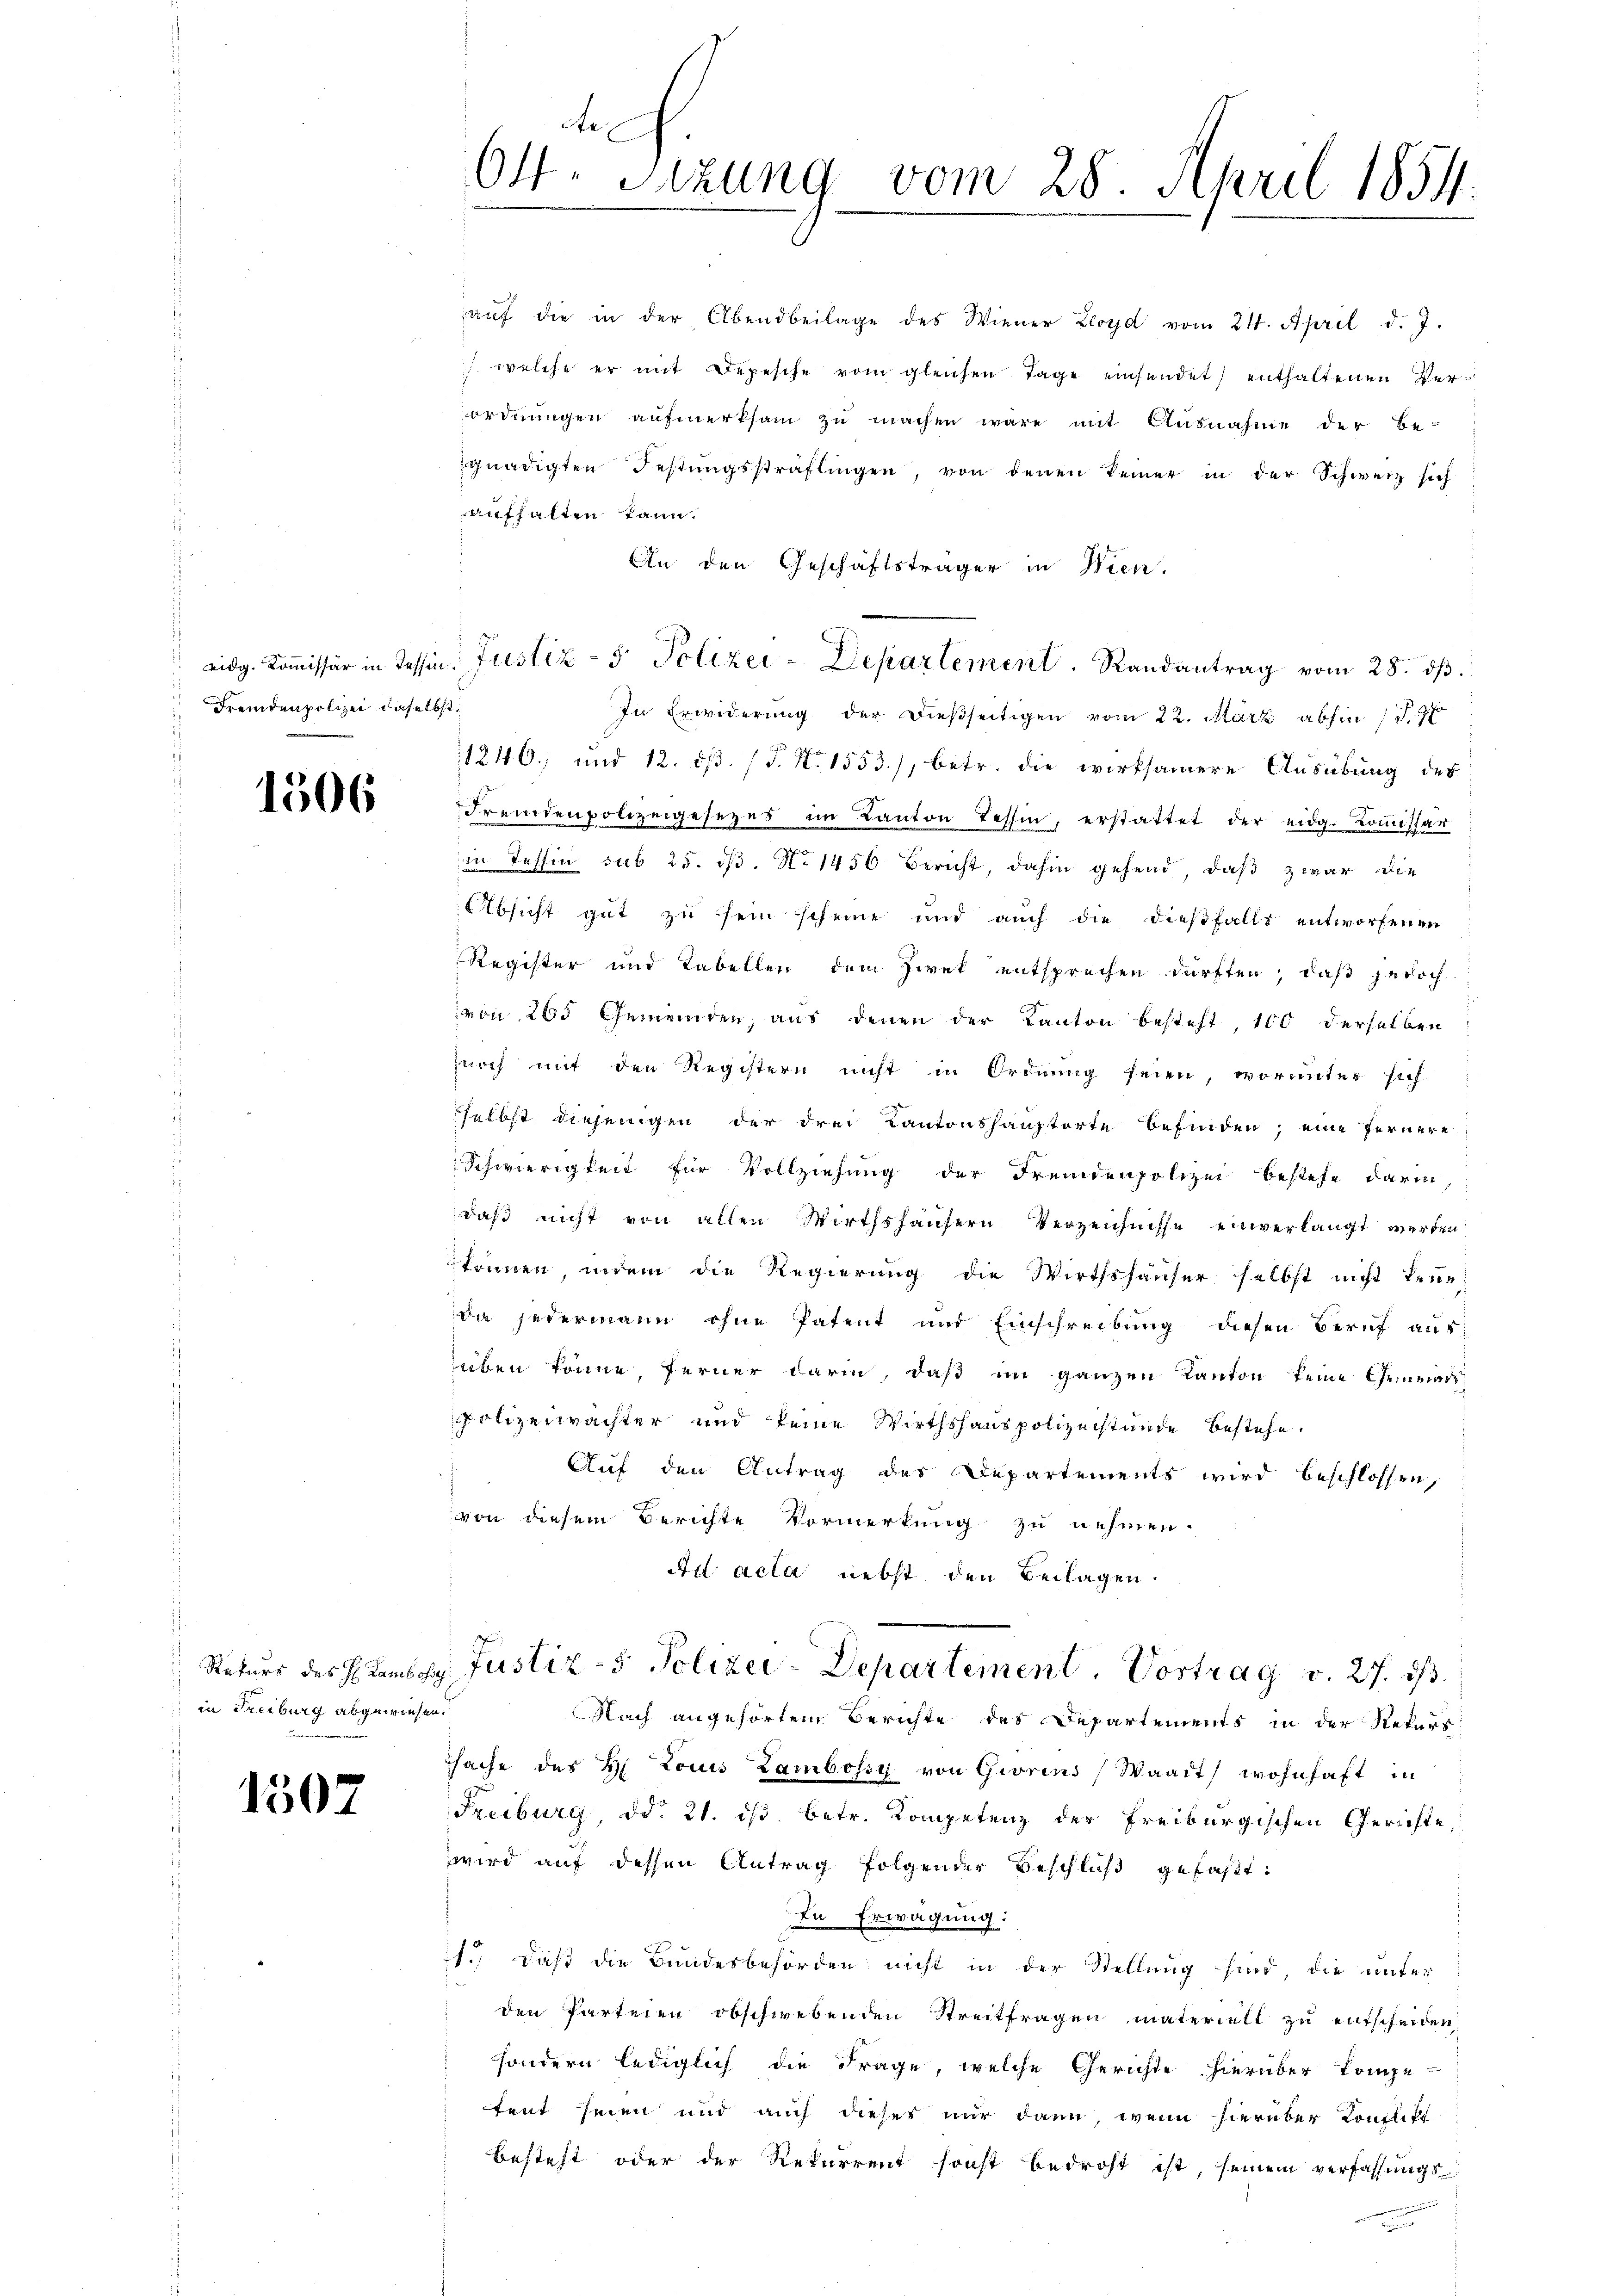
Fremdenpolizei daselbst.

1506

in Steiburg abgewiesen.

1507

e
64. Sitzung vom 28. April 1854.

aŭf die in der Abendbeilage des Wiener Lloyd vom 24. April d. J.
 welche er mit Depesche vom gleichen Tage einsendet enthaltenen Verordnungen aufmerksam zu machen wäre mit Ausnahme der Be-
gnädigten Festungssträflingen, von denen keiner in der Schweiz sich
aufhalten kann.
An den Geschäftsträger in Wien.
 eidg. Koṁissär in Tessin, Justiz- & Polizei-Departement. Randantrag vom 28. dβ.
In Erwiderung der dießseitigen vom 22. März abhin (T.177
1240) und 12. ds. (T. N. 1553), betr. die wirksamere Ausübung des
Fremdenpolizeigesezes im Kanton Tessin, erstattet der eidg. Kommissär
in Tessin sub 25. 13. No 1456 Bericht, dahin gehend, daß zwar die
Absicht gut zu sein scheine und auch die dießfalls entworfenen
Register und Tabellen dem Zwek entsprechen dürften, daß jedoch
von 200 Gemeinden, aus denen der Kanton besteht, 100 derselben
noch mit den Registern nicht in Ordnung seien, worunter sich
selbst diejenigen der drei Kantonshauptorte befinden; eine fernere
Schwierigkeit für Vollziehung der Fremdenpolizei bestehe darin,
daß nicht von allen Wirthshäusern Verzeichnisse einverlangt werden
können, indem die Regierung die Wirthshäuser selbst nicht kene;
da jedermann ohne Patent und Einschreibung diesen Beruf ausaben könne, ferner darin, daß im ganzen Kanton keine Gemeindspolizeiwachter und keine Wirthshauspolizeistunde bestehe.
Auf den Antrag des Departements wird beschlossen,
von diesem Berichte Vormerkung zu nehmen.
Ad acta nebst den Beilagen.
 Rekurs des H. Lamber Justiz- & Polizei-Departement. Vortrag v. 27. ds.
Nach angehörtem Berichte des Departements in der Rekurs
sache des H. Louis Zambossy von Giorins Waadt, wohnhaft in
Freiburg, d. 21. ds. betr. Kompetenz der Freiburgischen Gerichte,
wird auf dessen Antrag folgender Beschluß gefaßt:
In Erwägung:
1.) Daß die Bundesbehörden nicht in der Stellung sind, die unter
den Parteien obschwebenden Streitfragen materielt zu entscheiden,
sondern lediglich die Frage, welche Gerichte hierüber kompe-
fent seien und auch dieses nur dann, wenn hierüber Konstill
besteht oder der Rekurrent sonst bedroht ist, seinem verfassungs-